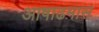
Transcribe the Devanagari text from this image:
आषाढमास